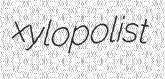
xylopolist